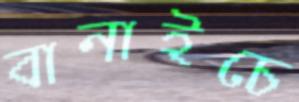
বানাইচে